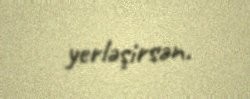
yerləşirsən.